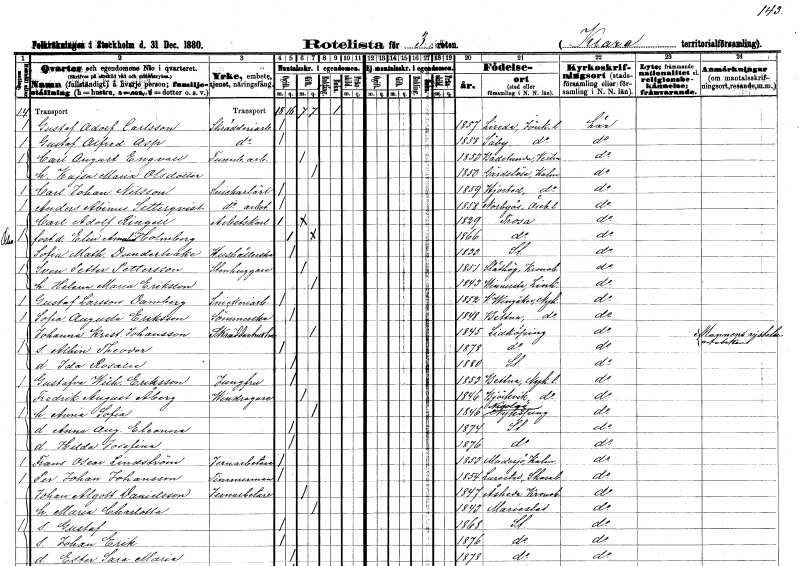
gt_parse: households: individuals: FN: Gustaf Adolf
EN: Carlsson
YRKE: Skrädderiarbetare
KON: M
CIV: O
FODAR: 1857
FODFORS: Vireda?? Jönköpings län
FN: Gustaf Alfred
EN: Asp
YRKE: Skrädderiarbetare
KON: M
CIV: O
FODAR: 1858
FODFORS: Säby Jönköpings län
FN: Carl August
EN: Engvall
YRKE: Tunnbinderiarbetare
KON: M
CIV: G
FODAR: 1853
FODFORS: Badelunda Västmanlands län
FN: Kajsa Maria
EN: Olsdotter
KON: K
CIV: G
FODAR: 1850
FODFORS: Gärdslösa Kalmar län
FN: Carl Johan
EN: Nilsson
YRKE: Snickarelärling
KON: M
CIV: O
FODAR: 1859
FODFORS: Hjorted Kalmar län
FN: Anders Abinus
EN: Setterqvist
YRKE: Snickeriarbetare
KON: M
CIV: O
FODAR: 1858
FODFORS: Norrbyås Örebro län
FN: Carl Adolf
EN: Ringell
YRKE: Arbetskarl
KON: M
CIV: O
FODAR: 1829
FODFORS: Trosa Södermanlands län
FN: Elin Amalia
EN: Holmberg
KON: K
CIV: O
FODAR: 1866
FODFORS: Trosa Södermanlands län
FN: Sofia Mathilda
EN: Dunderhake
YRKE: Hushållerska
KON: K
CIV: O
FODAR: 1833
FODFORS: Stockholm
FN: Sven Petter
EN: Pettersson
YRKE: Stenhuggare
KON: M
CIV: G
FODAR: 1851
FODFORS: Slätthög Kronobergs län
FN: Helena Maria
EN: Eriksson
KON: K
CIV: G
FODAR: 1843
FODFORS: Vinnerstad Östergötlands län
FN: Gustaf
EN: Larsson Damberg
YRKE: Snickeriarbetare
KON: M
CIV: O
FODAR: 1852
FODFORS: Västra Vingåker Södermanlands län
FN: Sofia Augusta
EN: Eriksson
YRKE: Sömmerska
KON: K
CIV: O
FODAR: 1848
FODFORS: Bettna Södermanlands län
FN: Johanna Kristina
EN: Johansson
YRKE: Skräddarehustru
KON: K
CIV: G
FODAR: 1845
FODFORS: Lidköping Skaraborgs län
FN: Albin Theodor
KON: M
CIV: O
FODAR: 1878
FODFORS: Lidköping Skaraborgs län
FN: Ida Rosalie
KON: K
CIV: O
FODAR: 1880
FODFORS: Stockholm
FN: Gustafva Wilhelmina
EN: Eriksson
YRKE: Jungfru
KON: K
CIV: O
FODAR: 1853
FODFORS: Bettna Södermanlands län
FN: Fredrik August
EN: Åberg
YRKE: Vindragare
KON: M
CIV: G
FODAR: 1846
FODFORS: Björkvik Södermanlands län
FN: Anna Sofia
KON: K
CIV: G
FODAR: 1846
FODFORS: Nikolai Södermanlands län
FN: Anna Augusta Eleonora
KON: K
CIV: O
FODAR: 1874
FODFORS: Stockholm
FN: Hilda Josefina
KON: K
CIV: O
FODAR: 1876
FODFORS: Stockholm
FN: Frans Oscar
EN: Lindström
YRKE: Järnarbetare
KON: M
CIV: O
FODAR: 1853
FODFORS: Madesjö Kalmar län
FN: Per Johan
EN: Johansson
YRKE: Timmerman
KON: M
CIV: O
FODAR: 1854
FODFORS: Lyrestad Skaraborgs län
FN: Johan Algott
EN: Danielsson
YRKE: Järnarbetare
KON: M
CIV: G
FODAR: 1847
FODFORS: Åseda Kronobergs län
FN: Maria Charlotta
KON: K
CIV: G
FODAR: 1843
FODFORS: Mariestad Skaraborgs län
FN: Gustaf
KON: M
CIV: O
FODAR: 1868
FODFORS: Stockholm
FN: Johan Erik
KON: M
CIV: O
FODAR: 1876
FODFORS: Stockholm
FN: Ester Sara Maria
KON: K
CIV: O
FODAR: 1878
FODFORS: Stockholm